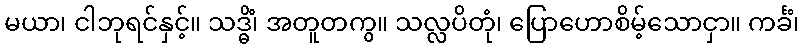
မယာ၊ ငါဘုရင်နှင့်။ သဒ္ဓိံ၊ အတူတကွ။ သလ္လပိတုံ၊ ပြောဟောစိမ့်သောငှာ။ ကင်္ခံ၊